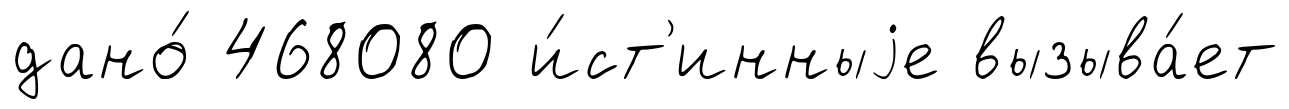
дано́ 468080 и́ст'инныjе вызыва́ет